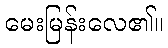
မေးမြန်းလေ၏။